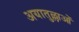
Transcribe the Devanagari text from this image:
अयातुल्लाओं